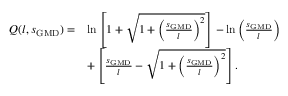
\begin{array} { r l } { Q ( l , s _ { \mathrm { G M D } } ) = } & { \ln \left[ 1 + \sqrt { 1 + \left( \frac { s _ { \mathrm { G M D } } } { l } \right) ^ { 2 } } \right] - \ln \left( \frac { s _ { \mathrm { G M D } } } { l } \right) } \\ & { + \left[ \frac { s _ { \mathrm { G M D } } } { l } - \sqrt { 1 + \left( \frac { s _ { \mathrm { G M D } } } { l } \right) ^ { 2 } } \right] . } \end{array}